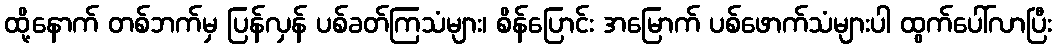
ထို့နောက် တစ်ဘက်မှ ပြန်လှန် ပစ်ခတ်ကြသံများ၊ စိန်ပြောင်း အမြောက် ပစ်ဖောက်သံများပါ ထွက်ပေါ်လာပြီး